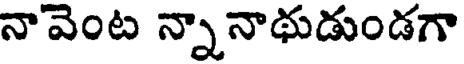
నావెంట న్నానాథుడుండగా